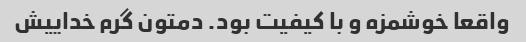
واقعا خوشمزه و با کیفیت بود. دمتون گرم خداییش